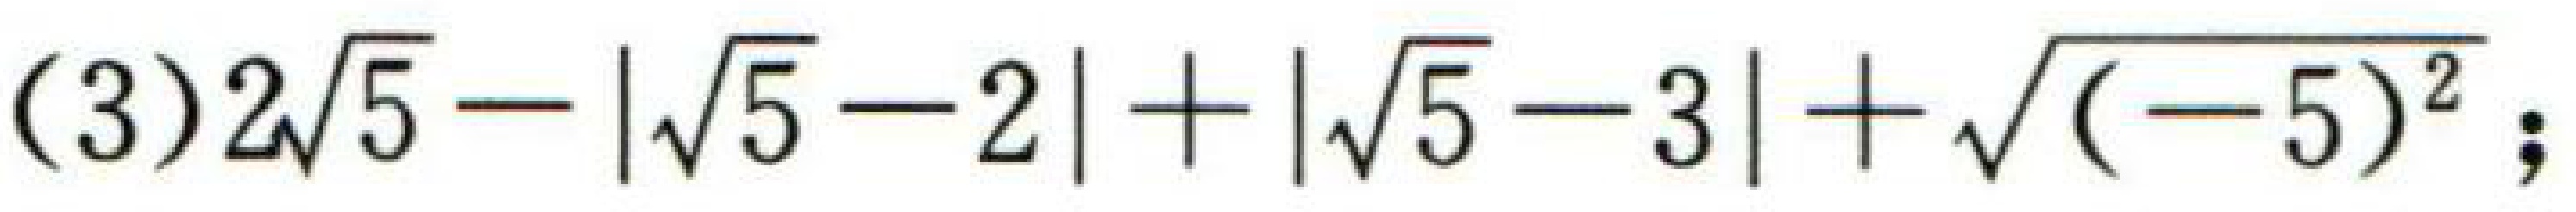
(3)$2\sqrt{5}-|\sqrt{5}-2|+|\sqrt{5}-3|+\sqrt{(-5)^{2}}$;